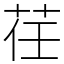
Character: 荏